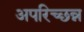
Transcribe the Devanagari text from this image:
अपरिच्छन्न